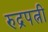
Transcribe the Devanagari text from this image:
रुद्रपत्नी